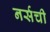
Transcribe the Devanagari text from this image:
नर्सची